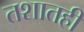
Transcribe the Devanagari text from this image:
तशातही